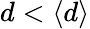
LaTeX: d<\langle d\rangle